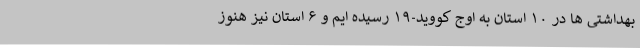
بهداشتی ها در ۱۰ استان به اوج کووید-۱۹ رسیده ایم و ۶ استان نیز هنوز